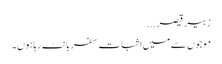
زبیر قیصر...
موجوں سے میں اثباتِ سفر بانٹ رہاہوں ۔